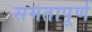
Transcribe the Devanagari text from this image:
समतापूर्ण